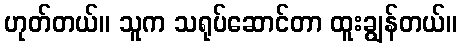
ဟုတ်တယ်။ သူက သရုပ်ဆောင်တာ ထူးချွန်တယ်။